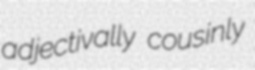
adjectivally cousinly